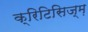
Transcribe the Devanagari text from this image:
क्रिटिसिज्म़